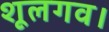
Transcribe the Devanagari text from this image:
शूलगव।